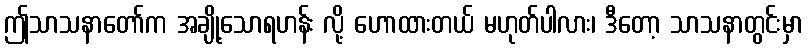
ဤသာသနာတော်က အချို့သောရဟန်း လို့ ဟောထားတယ် မဟုတ်ပါလား၊ ဒီတော့ သာသနာတွင်းမှာ